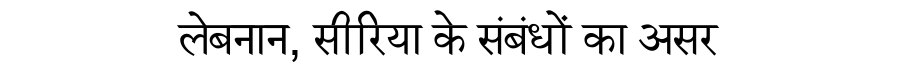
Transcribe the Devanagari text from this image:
लेबनान, सीरिया के संबंधों का असर